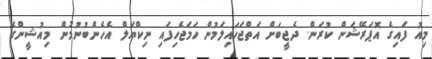
މިއު ފައިގެ އޮޕަރޭޝަން ކުރަން. ދެޖީބަށް އަތްޖަހައިލަމުން ހަމަޖެހިފައި ނިކްޔަލް އެހެންބުނުމުން މިއުޝީންގެ